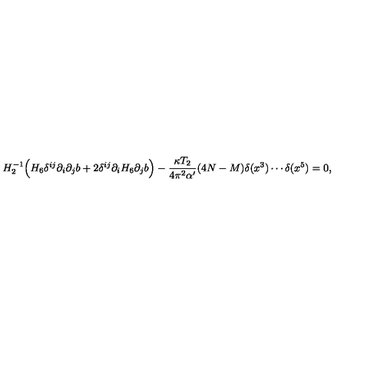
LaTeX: H _ { 2 } ^ { - 1 } \Big ( H _ { 6 } \delta ^ { i j } \partial _ { i } \partial _ { j } b + 2 \delta ^ { i j } \partial _ { i } H _ { 6 } \partial _ { j } b \Big ) - \frac { \kappa T _ { 2 } } { 4 \pi ^ { 2 } \alpha ^ { \prime } } ( 4 N - M ) \delta ( x ^ { 3 } ) \cdots \delta ( x ^ { 5 } ) = 0 ,